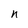
Character: n